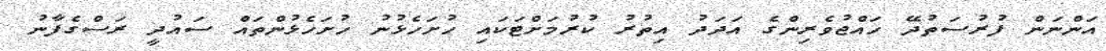
އަންނަން ފުރުސަތުދޭ ހައްޖުވެރިންގެ އަދަދު އިތުރު ކުރުމަށްޓަކައި ހުށަހެޅުނު ހުށަހެޅުންތައް ސައުދީ ރަސްގެފާނު